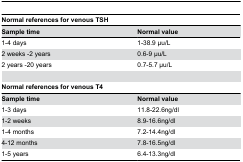
<table><thead><tr><td colspan="2"><b>Normal references for venous TSH</b></td></tr><tr><td><b>Sample time</b></td><td><b>Normal value</b></td></tr></thead><tbody><tr><td>1-4 days</td><td>1-38.9 μu/L</td></tr><tr><td>2 weeks -2 years</td><td>0.6-9 μu/L</td></tr><tr><td>2 years -20 years</td><td>0.7-5.7 μu/L</td></tr><tr><td colspan="2"><b><b>Normal references for venous T4</b></b></td></tr><tr><td><b>Sample time</b></td><td><b>Normal value</b></td></tr><tr><td>1-3 days</td><td>11.8-22.6ng/dl</td></tr><tr><td>1-2 weeks</td><td>8.9-16.6ng/dl</td></tr><tr><td>1-4 months</td><td>7.2-14.4ng/dl</td></tr><tr><td>4-12 months</td><td>7.8-16.5ng/dl</td></tr><tr><td>1-5 years</td><td>6.4-13.3ng/dl</td></tr></tbody></table>